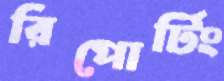
রিপোর্টিং